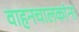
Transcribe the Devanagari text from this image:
वाहनचालकांना